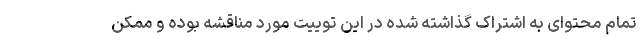
تمام محتوای به اشتراک گذاشته شده در این توییت مورد مناقشه بوده و ممکن